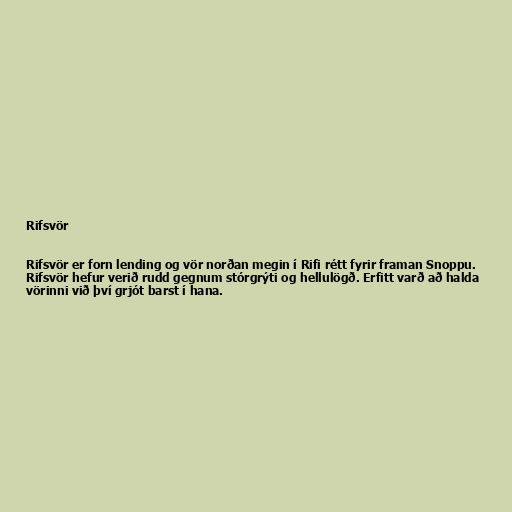
Rifsvör

Rifsvör er forn lending og vör norðan megin í Rifi rétt fyrir framan Snoppu.
Rifsvör hefur verið rudd gegnum stórgrýti og hellulögð. Erfitt varð að halda
vörinni við því grjót barst í hana.